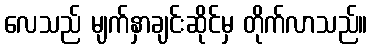
လေသည် မျက်နှာချင်းဆိုင်မှ တိုက်လာသည်။